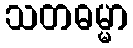
သတဓမ္မာ